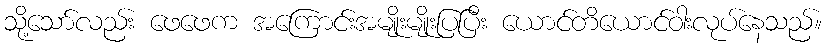
သို့သော်လည်း ဖေဖေက အကြောင်းအမျိုးမျိုးပြပြီး ယောင်တိယောင်ဝါးလုပ်နေသည်။